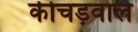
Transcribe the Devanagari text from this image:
कीचड़वाले